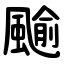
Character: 䬔